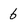
Character: 6